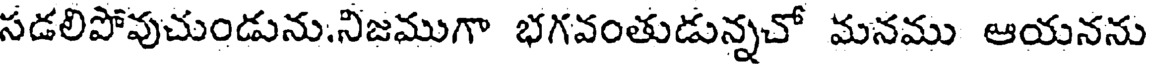
సడలిపోవుచుండును.నిజముగా భగవంతుడున్నచో మనము ఆయనను